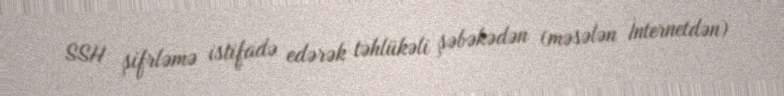
SSH şifrləmə istifadə edərək təhlükəli şəbəkədən (məsələn İnternetdən)